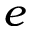
e